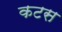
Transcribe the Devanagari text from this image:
कटस